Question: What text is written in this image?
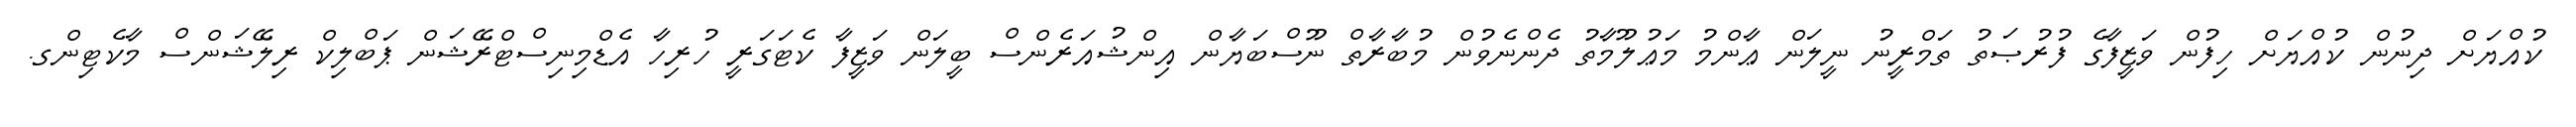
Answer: ކުއްޔަށް ދިނުން ކުއްޔަށް ހިފުން ވަޒީފާގެ ފުރުޞަތު ތަމްރީނު ނީލަން ޢާންމު މަޢުލޫމާތު ދެންނެވުން މުބާރާތް ނޫސްބަޔާން އިންޝުއަރެންސް ބީލަން ވަޒީފާ ކެޓަގަރީ ހުރިހާ އެޑްމިނިސްޓްރޭޝަން ޕަބްލިކް ރިލޭޝަންސް މާކެޓިންގ.